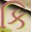
કિ